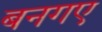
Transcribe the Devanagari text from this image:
बनगए